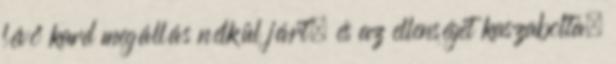
lévő kard megállás nélkül járt, és az ellenséget kaszabolta.